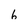
Character: 6